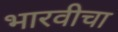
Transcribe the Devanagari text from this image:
भारवीचा